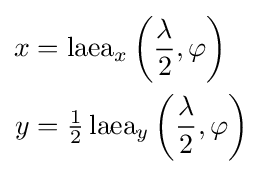
{\begin{aligned}x&=\operatorname {laea} _{x}\left({\frac {\lambda }{2}},\varphi \right)\\y&={\tfrac {1}{2}}\operatorname {laea} _{y}\left({\frac {\lambda }{2}},\varphi \right)\end{aligned}}